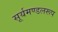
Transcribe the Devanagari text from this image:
सूर्यमण्डलरूप